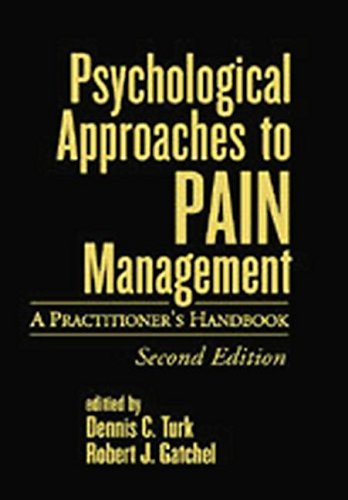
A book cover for Psychological Approaches to Pain Management, Second Edition: A Practitioner's Handbook; Medical Books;